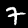
Label: 7